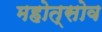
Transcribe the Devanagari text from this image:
महोत्सोव